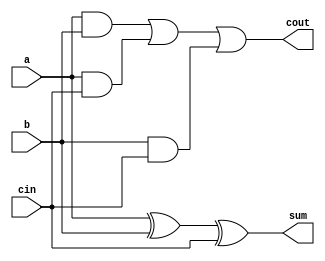
module full_add( 
    input a, b, cin,
    output cout, sum );
	assign sum = a^b^cin;
    assign cout = (a&b)|(a&cin)|(b&cin);
endmodule

module top_module( 
    input [2:0] a, b,
    input cin,
    output [2:0] cout,
    output [2:0] sum );
    full_add fa1(a[0],b[0],cin,cout[0],sum[0]);
    full_add fa2(a[1],b[1],cout[0],cout[1],sum[1]);
    full_add fa3(a[2],b[2],cout[1],cout[2],sum[2]);
endmodule